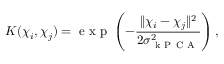
K ( \mathbb { \chi } _ { i } , \mathbb { \chi } _ { j } ) = \mathrm { ~ e ~ x ~ p ~ } \left( - \frac { \| \mathbb { \chi } _ { i } - \mathbb { \chi } _ { j } \| ^ { 2 } } { 2 \sigma _ { \mathrm { ~ k ~ P ~ C ~ A ~ } } ^ { 2 } } \right) ,